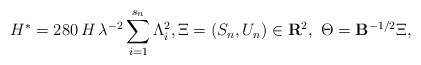
\begin{align*}H^{*}=280\,H\,\lambda ^{-2}\sum_{i=1}^{s_{n}}\Lambda _{i}^{2},\Xi=(S_{n},U_{n})\in {\bf R}^{2},{\it \ }\Theta ={\bf B}^{-1/2}\Xi ,\end{align*}